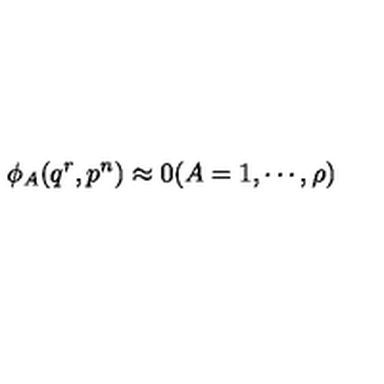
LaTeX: \phi _ { A } ( q ^ { r } , p ^ { n } ) \approx 0 ( A = 1 , \cdots , \rho )